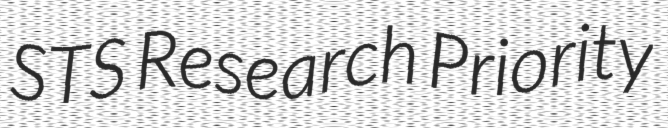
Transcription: STS Research Priority